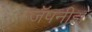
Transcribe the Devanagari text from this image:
जॅपनीझ